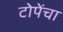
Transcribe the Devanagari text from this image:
टोपेंचा